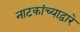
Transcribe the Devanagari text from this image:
नाटकांच्याद्वारे